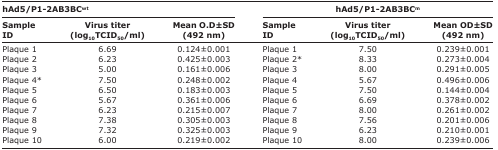
<table><thead><tr><td colspan="3"><b>hAd5/P1-2AB3BC<sup>wt</sup></b></td><td colspan="3"><b>hAd5/P1-2AB3BC<sup>m</sup></b></td></tr><tr><td><b>Sample ID</b></td><td><b>Virus titer (log<sub>10</sub>TCID<sub>50</sub>/ml)</b></td><td><b>Mean O.D±SD (492 nm)</b></td><td><b>Sample ID</b></td><td><b>Virus titer (log<sub>10</sub>TCID<sub>50</sub>/ml)</b></td><td><b>Mean OD±SD (492 nm)</b></td></tr></thead><tbody><tr><td>Plaque 1</td><td>6.69</td><td>0.124±0.001</td><td>Plaque 1</td><td>7.50</td><td>0.239±0.001</td></tr><tr><td>Plaque 2</td><td>6.23</td><td>0.425±0.003</td><td>Plaque 2*</td><td>8.33</td><td>0.273±0.004</td></tr><tr><td>Plaque 3</td><td>5.00</td><td>0.161±0.006</td><td>Plaque 3</td><td>8.00</td><td>0.291±0.005</td></tr><tr><td>Plaque 4*</td><td>7.50</td><td>0.248±0.002</td><td>Plaque 4</td><td>5.67</td><td>0.496±0.006</td></tr><tr><td>Plaque 5</td><td>6.50</td><td>0.183±0.003</td><td>Plaque 5</td><td>7.50</td><td>0.144±0.004</td></tr><tr><td>Plaque 6</td><td>5.67</td><td>0.361±0.006</td><td>Plaque 6</td><td>6.69</td><td>0.378±0.002</td></tr><tr><td>Plaque 7</td><td>6.23</td><td>0.215±0.007</td><td>Plaque 7</td><td>8.00</td><td>0.261±0.002</td></tr><tr><td>Plaque 8</td><td>7.38</td><td>0.305±0.003</td><td>Plaque 8</td><td>7.56</td><td>0.201±0.006</td></tr><tr><td>Plaque 9</td><td>7.32</td><td>0.325±0.003</td><td>Plaque 9</td><td>6.23</td><td>0.210±0.001</td></tr><tr><td>Plaque 10</td><td>6.00</td><td>0.219±0.002</td><td>Plaque 10</td><td>8.00</td><td>0.239±0.006</td></tr></tbody></table>